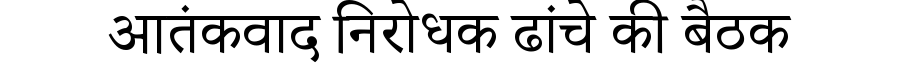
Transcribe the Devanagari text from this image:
आतंकवाद निरोधक ढांचे की बैठक